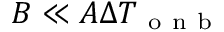
B \ll A \Delta T _ { \mathrm { ~ o ~ n ~ b ~ } }